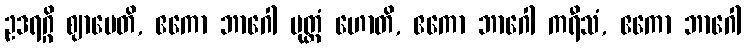
ဥဒရဂ္ဂိ ဈာပေတိ, ဧကော ဘာဂေါ မုတ္တံ ဟောတိ, ဧကော ဘာဂေါ ကရီသံ, ဧကော ဘာဂေါ